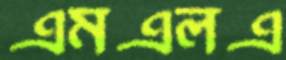
এমএলএ